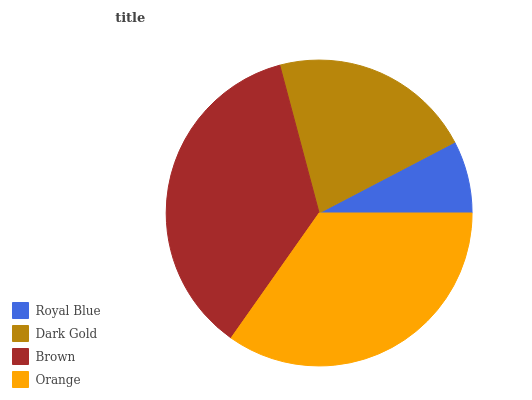
| Royal Blue | Dark Gold | Brown | Orange |
 | --- | --- | --- | --- |
 | 7.66% | 21.5% | 36.1% | 34.7% |